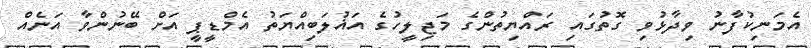
އެމަނިކުފާނު ވިދާޅުވި ގޮތުގައި ރައްޔިތުންގެ މަޖިލީހުގެ އަޣުލަބިއްޔަތު އެމްޑީޕީ އަށް ބޭނުންވާ އަނެއް